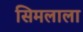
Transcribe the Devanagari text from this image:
सिमलाला